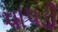
પાપડી